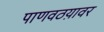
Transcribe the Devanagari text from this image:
पाणवठय़ावर